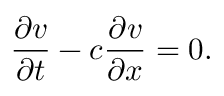
{ \frac { \partial v } { \partial t } } - c { \frac { \partial v } { \partial x } } = 0 .